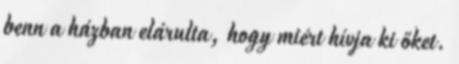
benn a házban elárulta, hogy miért hívja ki őket.